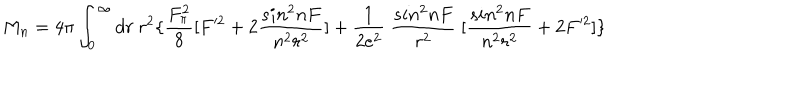
M _ { n } = 4 \pi \int _ { 0 } ^ { \infty } d r ~ r ^ { 2 } \{ \frac { F _ { \pi } ^ { 2 } } { 8 } [ F ^ { 2 } + 2 \frac { s i n ^ { 2 } n F } { n ^ { 2 } r ^ { 2 } } ] + \frac { 1 } { 2 e ^ { 2 } } ~ \frac { s i n ^ { 2 } n F } { r ^ { 2 } } ~ [ \frac { s i n ^ { 2 } n F } { n ^ { 2 } r ^ { 2 } } + 2 F ^ { 2 } ] \}